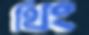
থিং